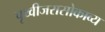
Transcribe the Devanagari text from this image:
पृथ्वीजरासोकाव्य